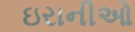
ઇરાનીઓ